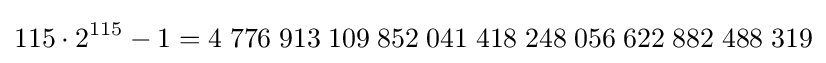
115\cdot 2^{115}-1=4\;776\;913\;109\;852\;041\;418\;248\;056\;622\;882\;488\;319